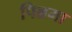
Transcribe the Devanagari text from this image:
पिन्नमा